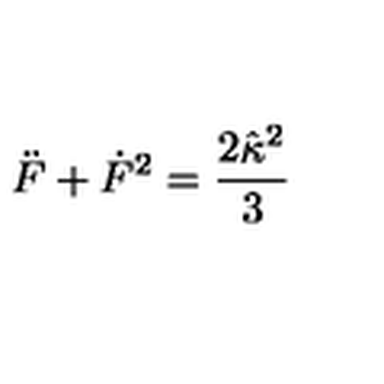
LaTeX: \ddot { F } + \dot { F } ^ { 2 } = \frac { 2 \hat { \kappa } ^ { 2 } } { 3 }